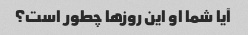
آیا شما او این روزها چطور است؟